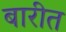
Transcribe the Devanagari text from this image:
बारीत